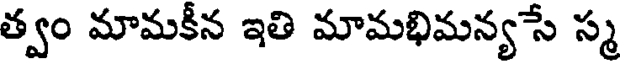
త్వం మామకీన ఇతి మామభిమన్యసే స్మ